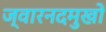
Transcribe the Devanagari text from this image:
ज्वारनदमुखों